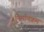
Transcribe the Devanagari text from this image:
निर्माणक्रम